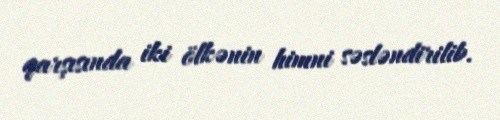
qarşısında iki ölkənin himni səsləndirilib.